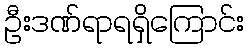
ဦးဒဏ်ရာရရှိကြောင်း